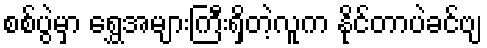
စစ်ပွဲမှာ ရွှေအများကြီးရှိတဲ့လူက နိုင်တာပဲခင်ဗျ